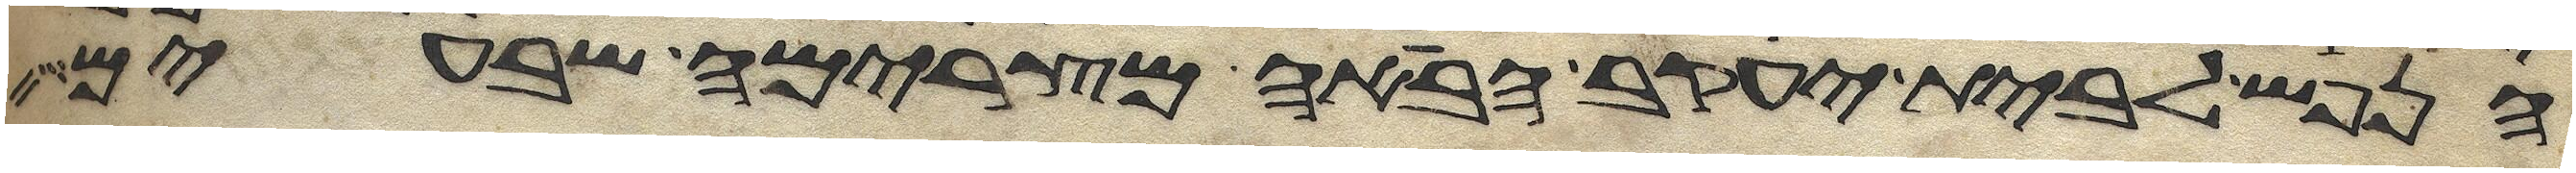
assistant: הנפש לבית יעקב הבאה מצרימה שבעים